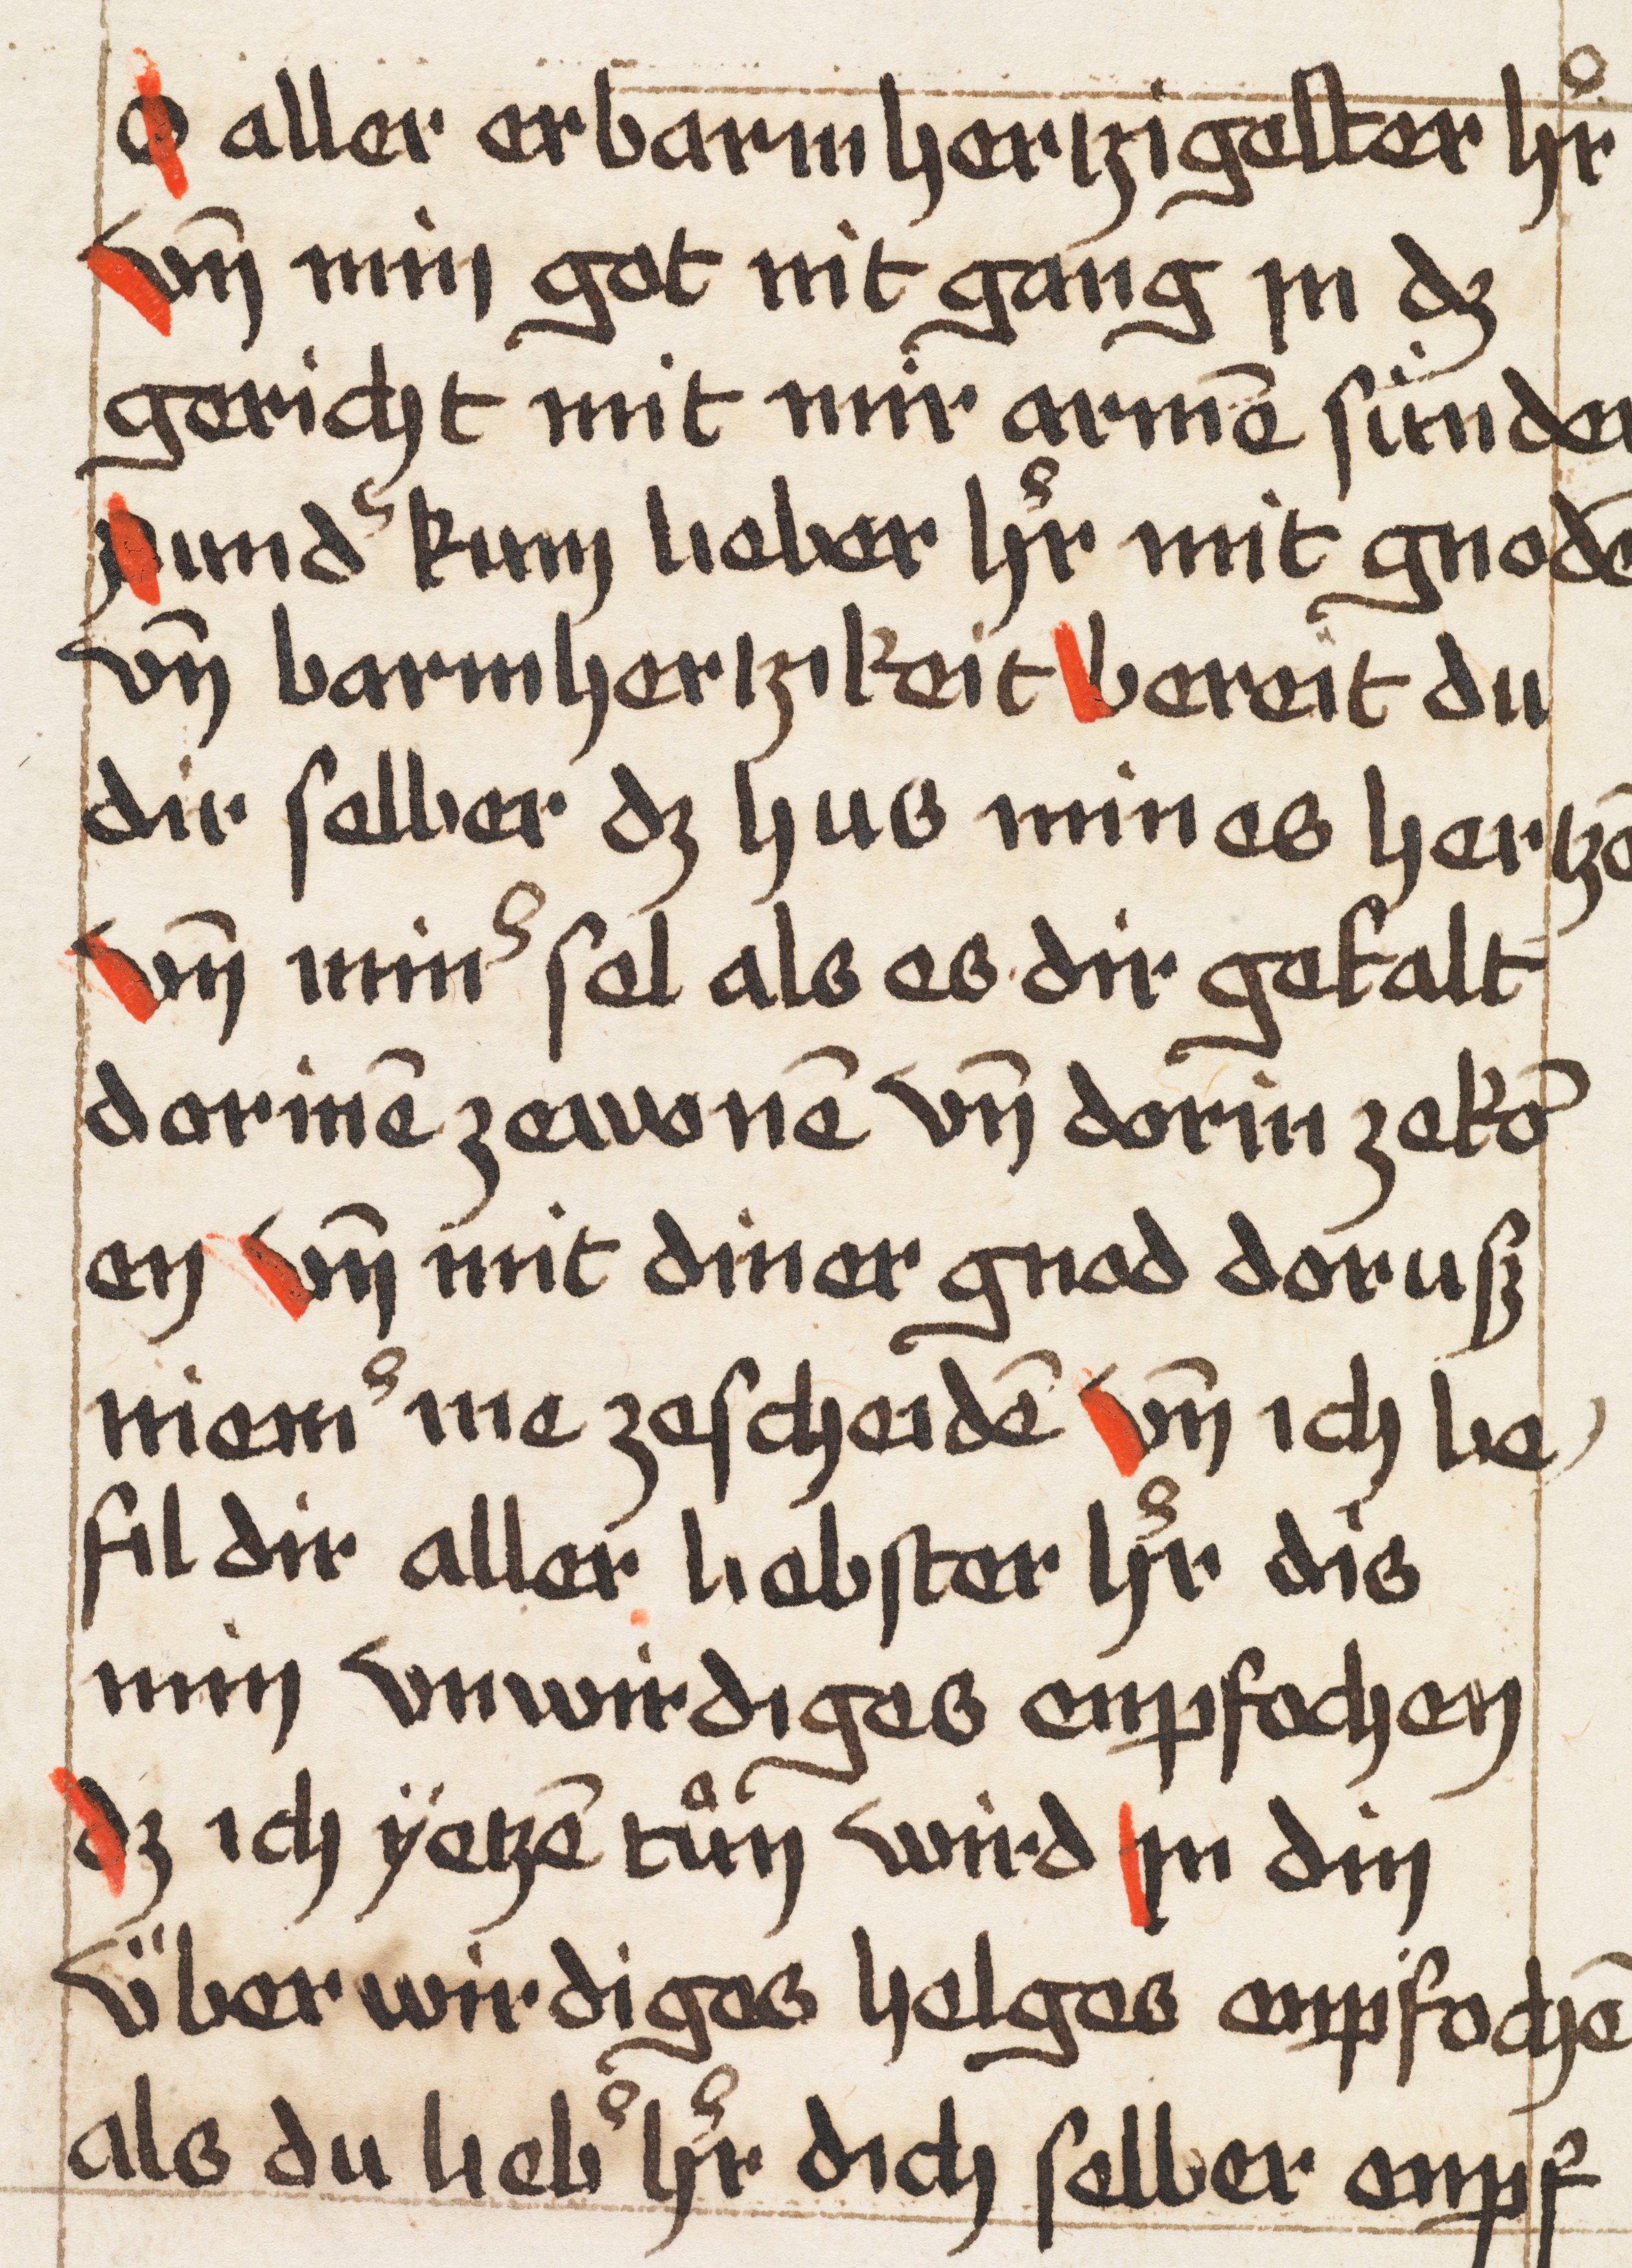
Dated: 1500–1524